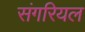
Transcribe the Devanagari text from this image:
संगरियल